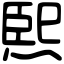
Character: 𤋮